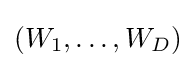
(W_{1},\ldots ,W_{D})